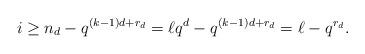
LaTeX: \begin{align*}i\geq n_{d}-q^{(k-1){d}+r_d}=\ell q^{d}-q^{(k-1){d}+r_d}=\ell-q^{r_d}. \end{align*}